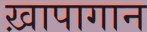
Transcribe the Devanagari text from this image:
ख़ापागान